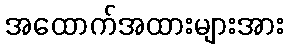
အထောက်အထားများအား